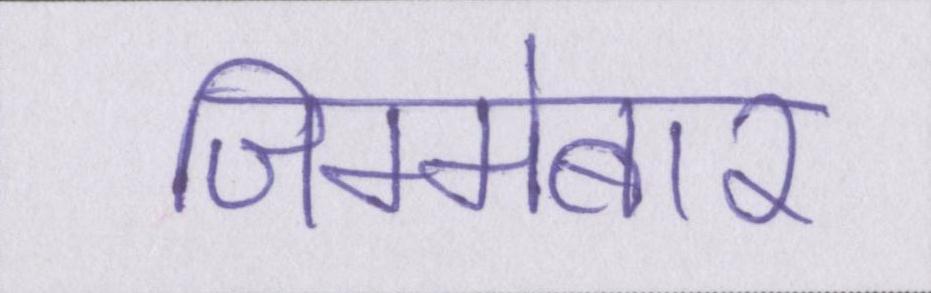
जिम्मेबार